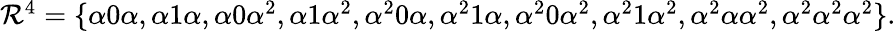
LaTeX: \begin{array}{r}{\mathcal{R}^{4}=\{ \alpha 0\alpha,\alpha 1\alpha,\alpha 0\alpha^{2},\alpha 1\alpha^{2},\alpha^{2}0\alpha,\alpha^{2}1\alpha,\alpha^{2}0\alpha^{2},\alpha^{2}1\alpha^{2},\alpha^{2}\alpha\alpha^{2},\alpha^{2}\alpha^{2}\alpha^{2}\} .}\end{array}